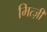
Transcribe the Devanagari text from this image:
मित्ज़ी